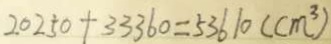
2 0 2 5 0 + 3 3 3 6 0 = 5 3 6 1 0 ( c m ^ { 3 } )